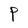
Character: P